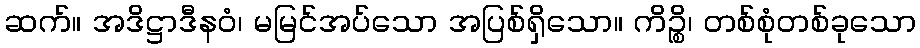
ဆက်။ အဒိဋ္ဌာဒီနဝံ၊ မမြင်အပ်သော အပြစ်ရှိသော။ ကိဉ္စိ၊ တစ်စုံတစ်ခုသော